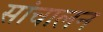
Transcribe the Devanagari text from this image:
सांचालन